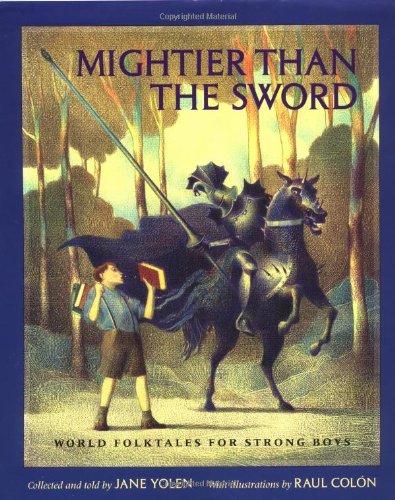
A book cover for Mightier Than the Sword: World Folktales for Strong Boys; Jane Yolen; Children's Books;